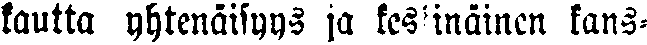
kautta yhtenäisyys ja keskinäinen kans-